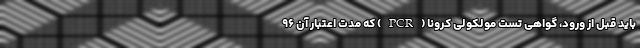
باید قبل از ورود، گواهی تست مولکولی کرونا (PCR) که مدت اعتبار آن ۹۶